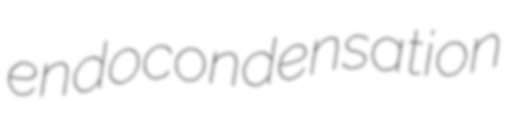
endocondensation